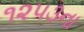
૧૨૫૩ના